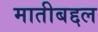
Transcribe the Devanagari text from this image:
मातीबद्दल